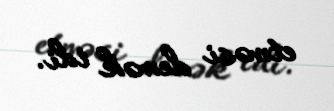
etməsi demək idi.